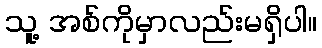
သူ့ အစ်ကိုမှာလည်းမရှိပါ။